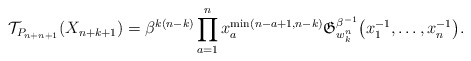
\begin{gather*} {\cal{T}}_{P_{n+n+1}}(X_{n+k+1}) = \beta^{k(n-k)} \prod_{a=1}^{n} x_a^{\min(n-a+1,n-k)} \mathfrak{G}_{w_{k}^{n}}^{\beta^{-1}}\big(x_1^{-1},\dots,x_{n}^{-1}\big). \end{gather*}